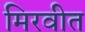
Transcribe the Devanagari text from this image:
मिरवीत